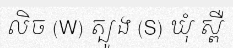
លិច (W) ត្បូង (S) ឃុំ ស្ពឺ